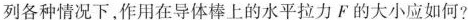
列各种情况下，作用在导体棒上的水平拉力F的大小应如何?